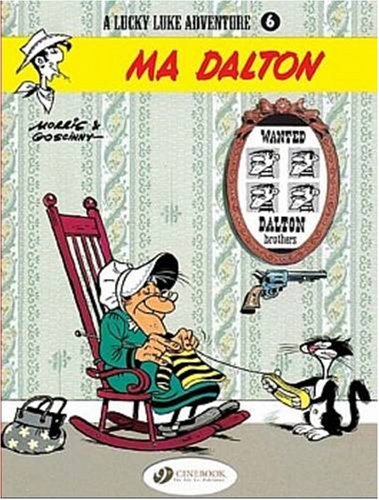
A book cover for A Lucky Luke Adventure - Ma Dalton (v. 6); Goscinny; Humor & Entertainment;